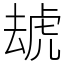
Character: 䖔